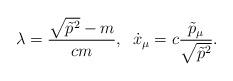
LaTeX: \begin{align*}\lambda=\frac{\sqrt{\tilde p^2}-m}{cm}, \;\; \dot x_\mu =c\frac{\tilde p_\mu}{\sqrt{\tilde p^2}}{.}\end{align*}